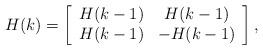
LaTeX: \begin{align*}H(k)= \left[ \begin{array}{cc}H(k-1) & H(k-1) \\H(k-1) & -H(k-1) \\\end{array} \right],\end{align*}